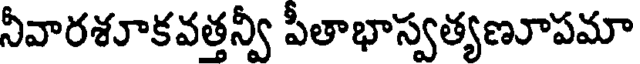
నీవారశూకవత్తన్వీ పీతాభాస్వత్యణూపమా